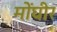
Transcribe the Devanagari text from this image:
मोंघीर